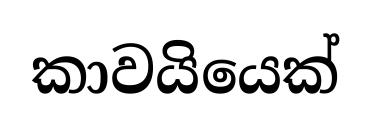
කාවයියෙක්